Vaccine operations Central Provinces 1900-1911 - 1900-1911
Year: 1900
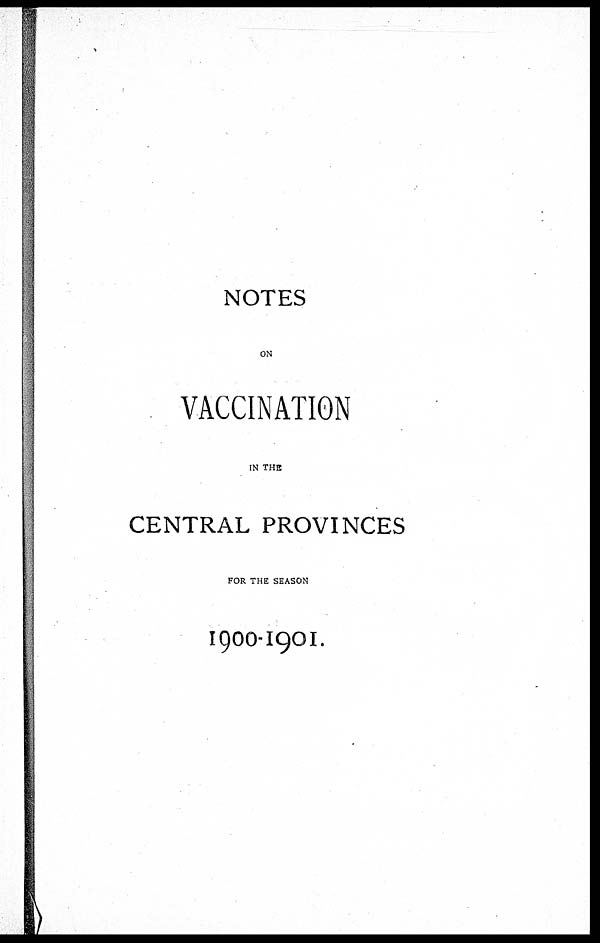
NOTES
ON
VACCINATION
IN THE
CENTRAL PROVINCES
FOR THE SEASON
1900-1901.